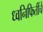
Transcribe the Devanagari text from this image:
ध्वनिफितींचे